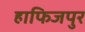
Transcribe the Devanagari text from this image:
हाफिजपुर